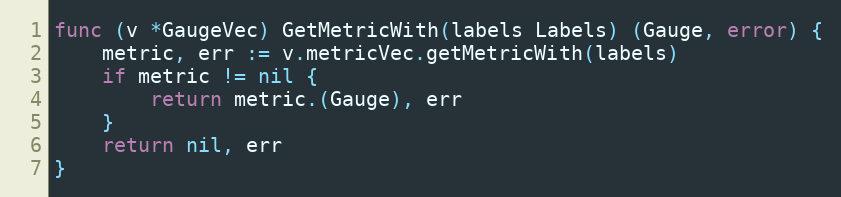
Language: Go
func (v *GaugeVec) GetMetricWith(labels Labels) (Gauge, error) {
	metric, err := v.metricVec.getMetricWith(labels)
	if metric != nil {
		return metric.(Gauge), err
	}
	return nil, err
}